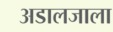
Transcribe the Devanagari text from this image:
अडालजाला